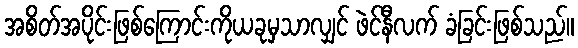
အစိတ်အပိုင်းဖြစ်ကြောင်းကိုယခုမှသာလျှင် ဖဲင်နီလက် ခံခြင်းဖြစ်သည်။